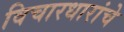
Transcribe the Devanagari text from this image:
विचारधारांचे